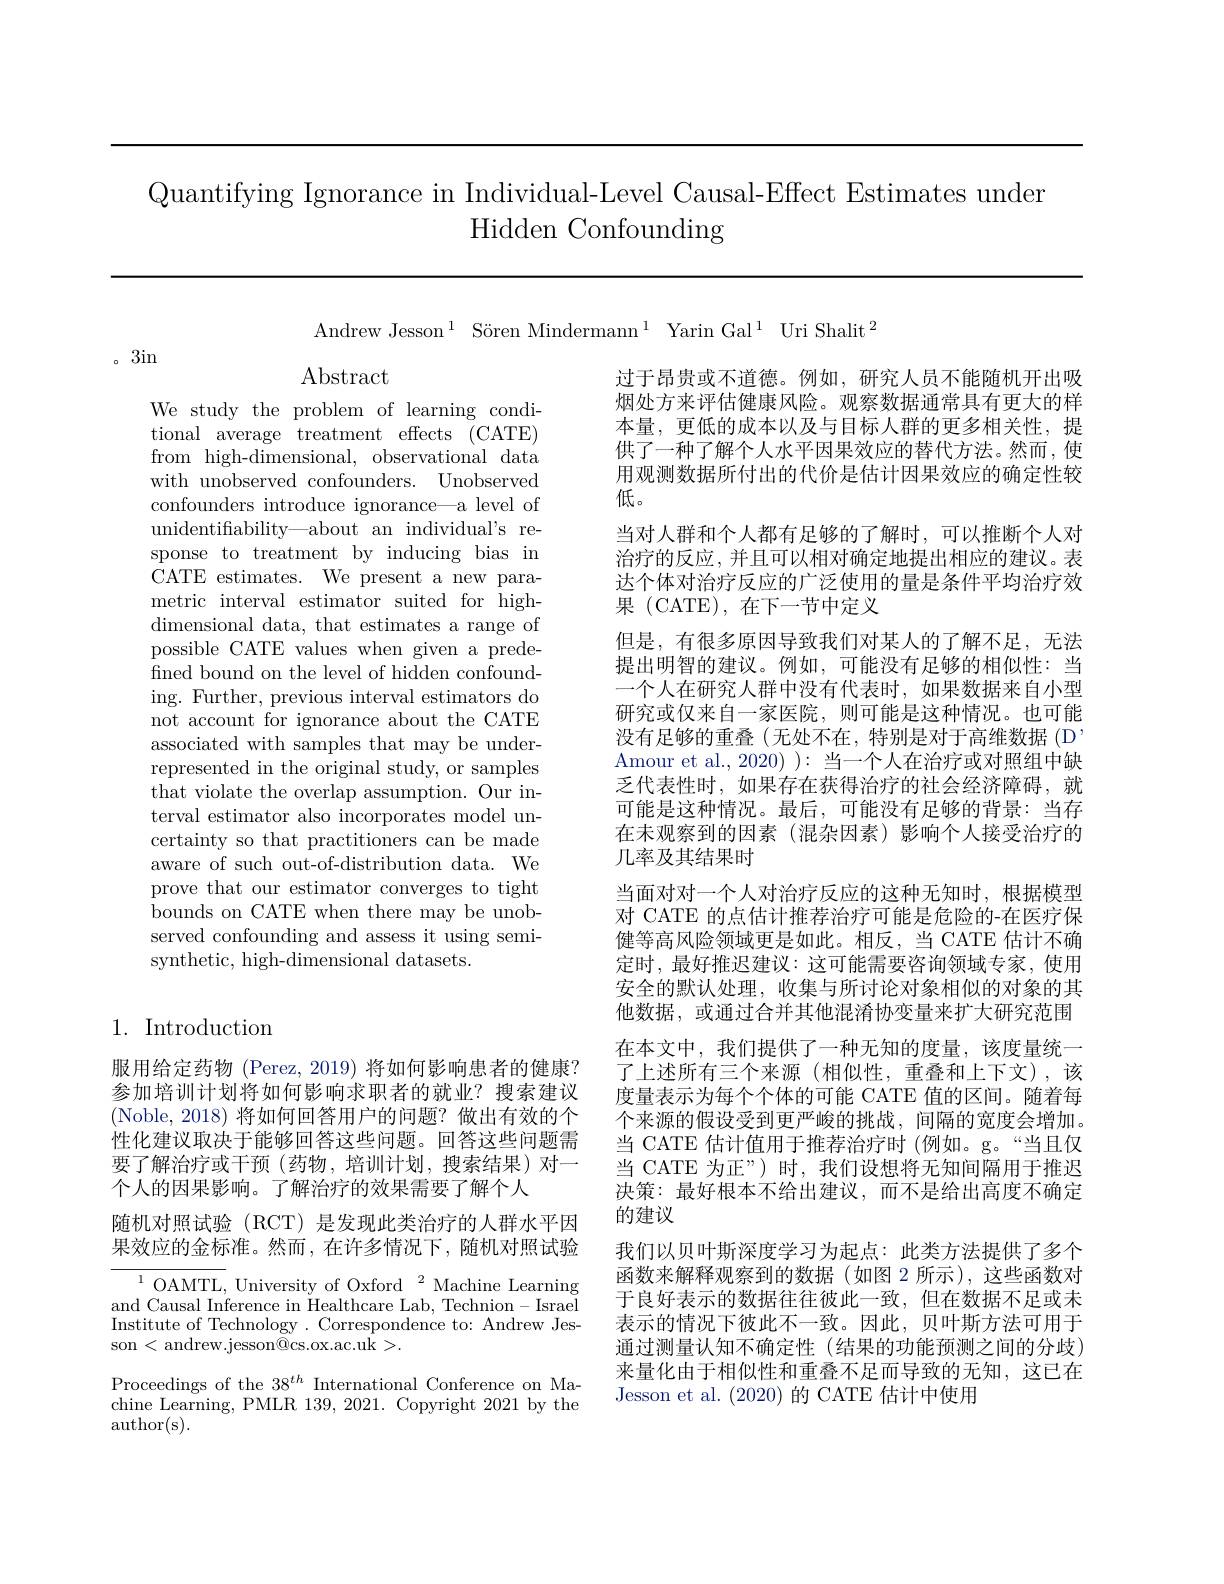
Quantifying Ignorance in Individual-Level Causal-Effect Estimates under
Hidden Confounding

Andrew Jesson$^1$ Sören Mindermann$^1$ Yarin Gal$^1$ Uri Shalit$^2$

3in

Abstract

We study the problem of learning conditional average treatment effects (CATE) from high-dimensional, observational data with unobserved confounders. Unobserved confounders introduce ignorance—a level of unidentifiability—about an individual's response to treatment by inducing bias in CATE estimates. We present a new parametric interval estimator suited for highdimensional data, that estimates a range of possible CATE values when given a predefined bound on the level of hidden confounding. Further, previous interval estimators do not account for ignorance about the CATE associated with samples that may be underrepresented in the original study, or samples that violate the overlap assumption. Our interval estimator also incorporates model uncertainty so that practitioners can be made aware of such out-of-distribution data. We prove that our estimator converges to tight bounds on CATE when there may be unobserved confounding and assess it using semisynthetic, high-dimensional datasets.

过于昂贵或不道德。例如，研究人员不能随机开出吸烟处方来评估健康风险。观察数据通常具有更大的样本量，更低的成本以及与目标人群的更多相关性，提供了一种了解个人水平因果效应的替代方法。然而，使用观测数据所付出的代价是估计因果效应的确定性较低。
当对人群和个人都有足够的了解时，可以推断个人对治疗的反应，并且可以相对确定地提出相应的建议。表达个体对治疗反应的广泛使用的量是条件平均治疗效果 (CATE),在下一节中定义
但是，有很多原因导致我们对某人的了解不足，无法提出明智的建议。例如，可能没有足够的相似性：当一个人在研究人群中没有代表时，如果数据来自小型研究或仅来自一家医院，则可能是这种情况。也可能没有足够的重叠(无处不在，特别是对于高维数据(D' Amour et al., 2020) ): 当一个人在治疗或对照组中缺乏代表性时，如果存在获得治疗的社会经济障碍，就可能是这种情况。最后，可能没有足够的背景：当存在末观察到的因素(混杂因素)影响个人接受治疗的几率及其结果时
当面对对一个人对治疗反应的这种无知时，根据模型对 CATE 的点估计推荐治疗可能是危险的-在医疗保健等高风险领域更是如此。相反，当 CATE 估计不确定时，最好推迟建议：这可能需要咨询领域专家，使用安全的默认处理，收集与所讨论对象相似的对象的其他数据，或通过合并其他混淆协变量来扩大研究范围在本文中，我们提供了一种无知的度量，该度量统一了上述所有三个来源(相似性，重叠和上下文),该度量表示为每个个体的可能 CATE 值的区间。随着每个来源的假设受到更严峻的挑战，间隔的宽度会增加。当 CATE 估计值用于推荐治疗时 (例如。g。“当且仅当 CATE 为正”)时，我们设想将无知间隔用于推迟决策：最好根本不给出建议，而不是给出高度不确定的建议
我们以贝叶斯深度学习为起点：此类方法提供了多个函数来解释观察到的数据(如图 2 所示),这些函数对于良好表示的数据往往彼此一致，但在数据不足或未表示的情况下彼此不一致。因此，贝叶斯方法可用于通过测量认知不确定性(结果的功能预测之间的分歧) 来量化由于相似性和重叠不足而导致的无知，这已在Jesson et al. (2020) 的 CATE 估计中使用

## 1. Introduction

服用给定药物 (Perez, 2019) 将如何影响患者的健康？ 参加培训计划将如何影响求职者的就业？搜索建议(Noble,2018)将如何回答用户的问题？做出有效的个性化建议取决于能够回答这些问题。回答这些问题需要了解治疗或干预(药物，培训计划，搜索结果)对一个人的因果影响。了解治疗的效果需要了解个人
随机对照试验(RCT)是发现此类治疗的人群水平因果效应的金标准。然而，在许多情况下，随机对照试验

$^{1}$OAMTL, University of Oxford$^2$Machine Learning and Causal Inference in Healthcare Lab, Technion- Israel Institute of Technology . Correspondence to: Andrew Jesson <andrew.jesson@cs.ox.ac.uk>.

Proceedings of the 38$^th$ International Conference on Machine Learning, PMLR 139, 2021. Copyright 2021 by the author(s).